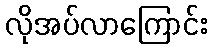
လိုအပ်လာကြောင်း